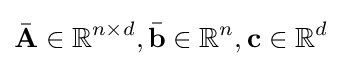
{\bar {\mathbf {A} }}\in \mathbb {R} ^{n\times d},{\bar {\mathbf {b} }}\in \mathbb {R} ^{n},\mathbf {c} \in \mathbb {R} ^{d}